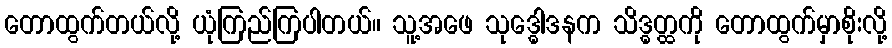
တောထွက်တယ်လို့ ယုံကြည်ကြပါတယ်။ သူ့အဖေ သုဒ္ဓေါဒနက သိဒ္ဓတ္ထကို တောထွက်မှာစိုးလို့